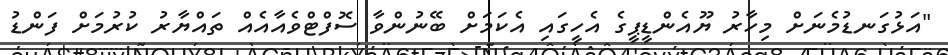
"އަޅުގަނޑުމެނަށް މިހާރު ޔޫއެންޑީޕީގެ އެހީގައި އެކަމަށް ބޭނުންވާ ސޮފްޓްވެއާއެއް ތައްޔާރު ކުރުމަށް ފަންޑު